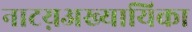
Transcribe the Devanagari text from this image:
नाटय़अख्यायिका